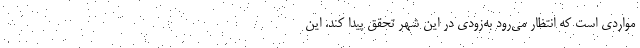
مواردی است که انتظار می‌رود به‌زودی در این شهر تحقق پیدا کند. این